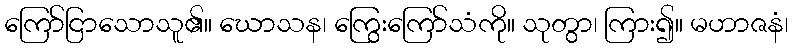
ကြော်ငြာသောသူ၏။ ဃောသန၊ ကြွေးကြော်သံကို။ သုတွာ၊ ကြား၍။ မဟာဇနံ၊